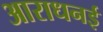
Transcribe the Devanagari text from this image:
आराधनई